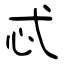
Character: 忒